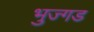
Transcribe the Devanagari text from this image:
भुज्गड